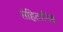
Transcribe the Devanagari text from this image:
संहितानिष्ठ